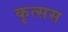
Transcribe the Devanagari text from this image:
कृत्सस